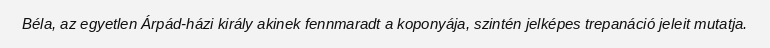
Béla, az egyetlen Árpád-házi király akinek fennmaradt a koponyája, szintén jelképes trepanáció jeleit mutatja.